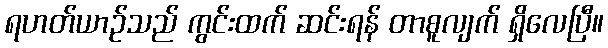
ရဟတ်ယာဉ်သည် ကွင်းထက် ဆင်းရန် တာစူလျက် ရှိလေပြီ။